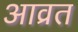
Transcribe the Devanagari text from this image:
आव्रत